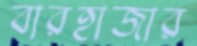
বারহাজার